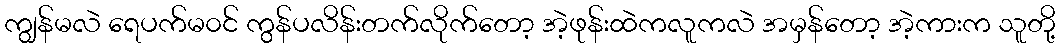
ကျွန်မလဲ ရေပက်မ၀င် ကွန်ပလိန်းတက်လိုက်တော့ အဲ့ဖုန်းထဲကလူကလဲ အမှန်တော့ အဲ့ကားက သူတို့